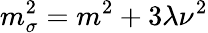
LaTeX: m_{\sigma}^{2}=m^{2}+3\lambda\nu^{2}